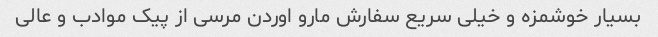
بسیار خوشمزه و خیلی سریع سفارش مارو اوردن مرسی از پیک موادب و عالی